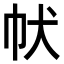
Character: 𤜧